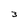
Character: 3